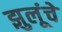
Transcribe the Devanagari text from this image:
झुलूंचे